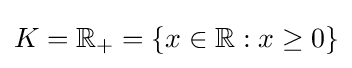
K=\mathbb {R} _{+}=\{x\in \mathbb {R} :x\geq 0\}